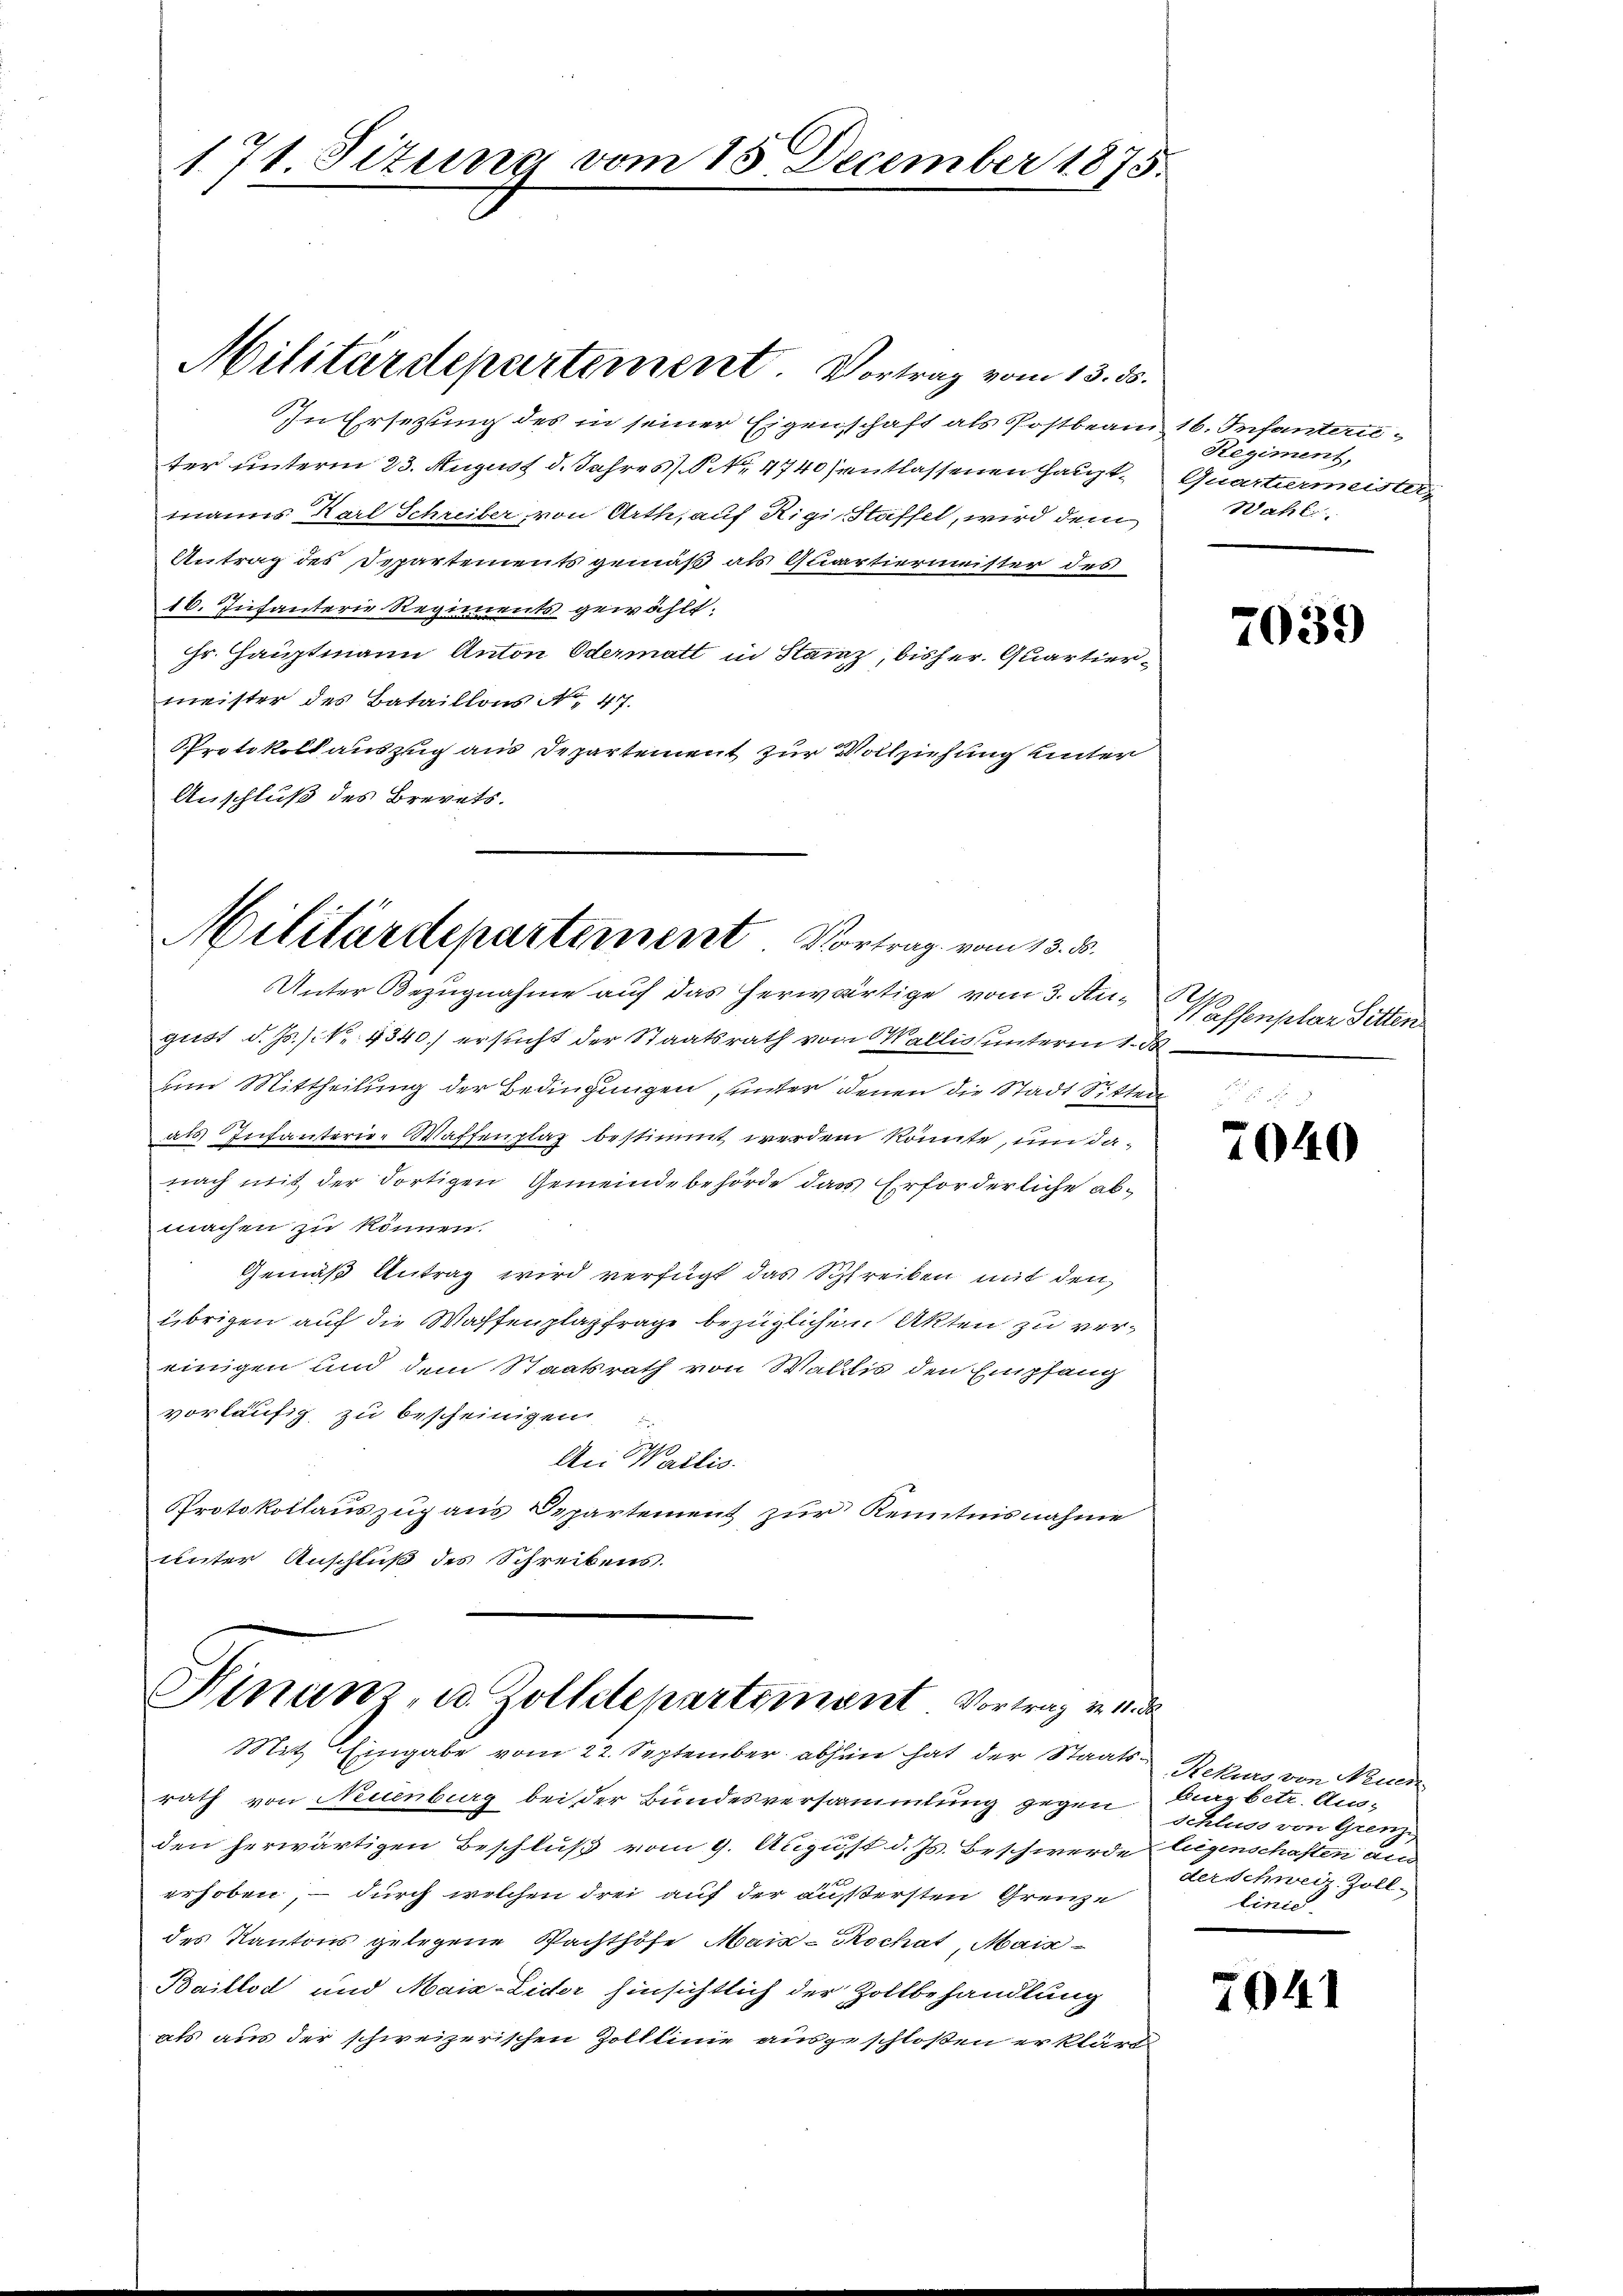
171. Sizung vom 15. December 1875

In Ersetzung des in seiner Eigenschaft als Postbeam 16. Infanterie
ter unterm 23. August d. Jahres N. 4740) entlassenen Hauptmanns Karl Schreiber, von Arth, auf Rigi-Staffel, wird dem
Antrag des Departementsgemäß als Quartierinister des
16. Infanterie Regiments gewählt.
Hr. Hauptmann Anton Odermatt in Stainz, bisher. Quartiermeister des Bataillons No. 47.
Protokollauszug aus Departement zur Vollziehung unter
Anschluß des Brevets.

Militärdepartement. Vortrag vom 13. ds.

Militärdepartement. Vortrag vom 13. ds.

Unter Bezugnahme auf das herwärtige vom 3. August d. Js. s. N. 4340.) ersucht der Staatsrath von Wallis unterm 1. d
um Mittheilung der Bedingungen, unter denen die Stadt Sitten
als Infanterie-Waffenplaz bestimmt werden könnte, um danach mit der dortigen Gemeindebehörde das Erforderliche abmachen zu können.
Gemäß Antrag wird verfügt das Schreiben mit den
übrigen auf die Waffenplatzfrage bezüglichen Akten zu vereinigen und dem Staatsrath von Wallis den Empfang
vorläufig zu bescheinigen

An Wallis.
Protokollauszug aus Departement zur Kenntnisnahme
unter Anschluß des Schreibens.

Finanz, u. Zolldepartement Vortrag v. u.
Mit Eingabe vom 22. September abhin hat der Staats- Rekurs von Neuede

rath von Neuenburg bei der Bundesversammlung gegen
den herwärtigen Beschluß vom 9. August d. Js. Beschwerde liegenschaften den
erhoben, – durch welchen drei auf der äußersten Grenze
des Kantons gelegene Pachthöfe Mais - Kochat, Mais
Baillod und Mais-Lider hinsichtlich der Zollbehandlung
als aus der schweizerischen Zolllinie ausgeschloßen erklärt

Regiment,
Quarturmeister
Wahl

7039

Wassenschar Sitten

2040

Burg betr. Aus¬
Schluss von Grenz
der Schweiz. Zoll
linie.

7041